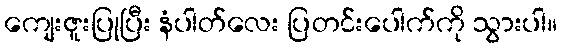
ကျေးဇူးပြုပြီး နံပါတ်လေး ပြတင်းပေါက်ကို သွားပါ။